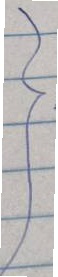
}